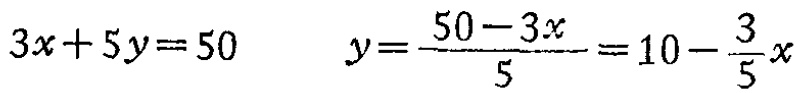
\[3x + 5y = 50\quad y=\frac{50 - 3x}{5}=10-\frac{3}{5}x\]